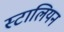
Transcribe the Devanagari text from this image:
स्टालियन